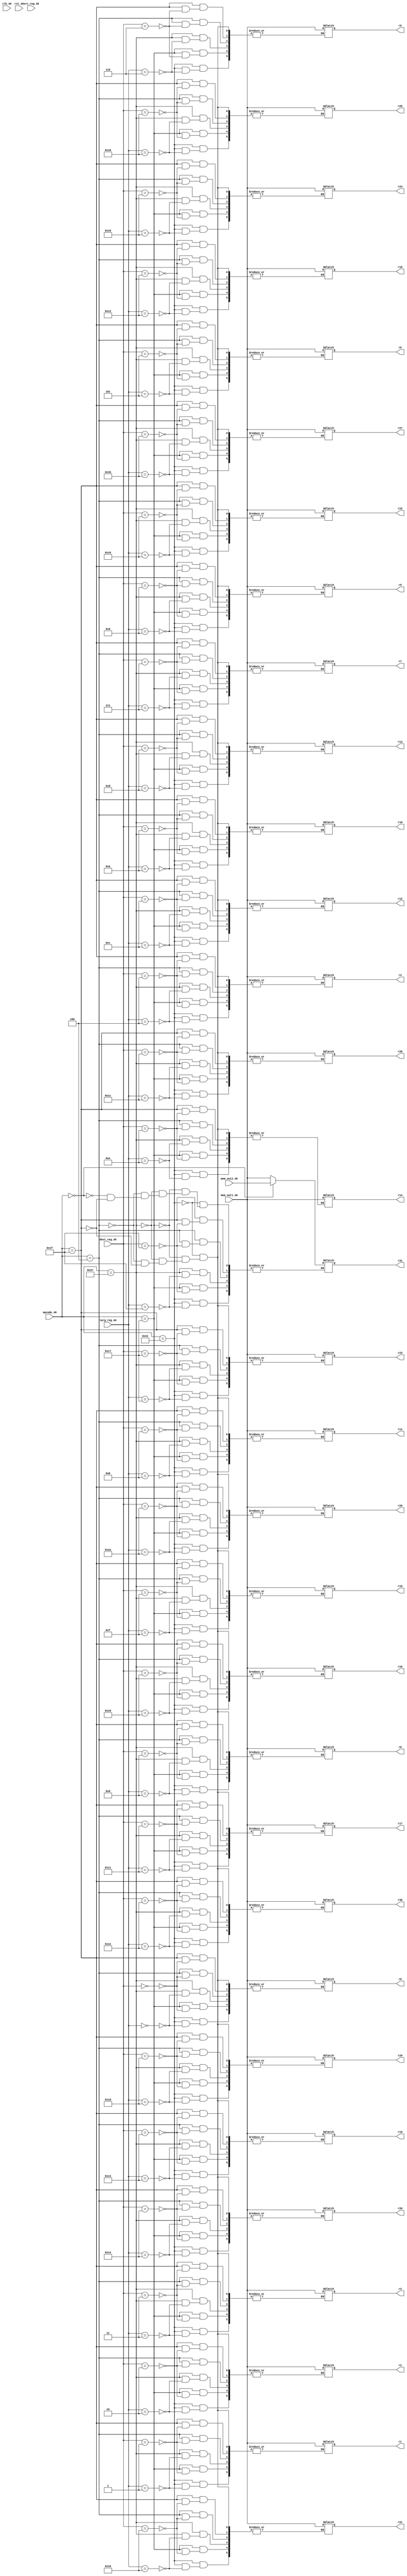
//-------------------WRITE BACK---------------
`timescale 1ns/10ps

module rw(clk_40,rst_40,opcode_40,src_reg_40,dest_reg_40,targ_reg_40,mem_out1_40,mem_out2_40,r0,r1,r2,r3,r4,r5,r6,r7,r8,r9,r10,r11,r12,r13,r14,r15,r16,r17,r18,r19, r20,r21,r22,r23,r24,r25,r26,r27,r28,r29,r30,r31);

input clk_40,rst_40;
input [5:0] opcode_40;
input [5:0] src_reg_40,dest_reg_40,targ_reg_40;
input [31:0] mem_out1_40,mem_out2_40;

output reg [31:0] r0,r1,r2,r3,r4,r5,r6,r7,r8,r9;
output reg [31:0] r10,r11,r12,r13,r14,r15,r16,r17,r18,r19;
output reg [31:0] r20,r21,r22,r23,r24,r25,r26,r27,r28,r29;
output reg [31:0] r30,r31;

parameter ADD  = 6'b110001;
parameter LDW  = 6'b010111;
parameter MUL  = 6'b100111;
parameter BLT  = 6'b010110;
parameter STW  = 6'b010101;
parameter BR   = 6'b000110;
parameter ADDI = 6'b000100;
parameter BEQ  = 6'b100110;
parameter BNE  = 6'b011110;
parameter JMP  = 6'b111010;
parameter CALL = 6'b000000;
parameter SUBI = 6'b011111;
parameter NOPE = 6'b111111;

parameter R0 = 5'b00000;
parameter R1 = 5'b00001;
parameter R2 = 5'b00010;
parameter R3 = 5'b00011;
parameter R4 = 5'b00100;
parameter R5 = 5'b00101;
parameter R6 = 5'b00110;
parameter R7 = 5'b00111;
parameter R8 = 5'b01000;
parameter R9 = 5'b01001;
parameter R10 = 5'b01010;
parameter R11 = 5'b01011;
parameter R12 = 5'b01100;
parameter R13 = 5'b01101;
parameter R14 = 5'b01110;
parameter R15 = 5'b01111;
parameter R16 = 5'b10000;
parameter R17 = 5'b10001;
parameter R18 = 5'b10010;
parameter R19 = 5'b10011;
parameter R20 = 5'b10100;
parameter R21 = 5'b10101;
parameter R22 = 5'b10110;
parameter R23 = 5'b10111;
parameter R24 = 5'b11000;
parameter R25 = 5'b11001;
parameter R26 = 5'b11010;
parameter R27 = 5'b11011;
parameter R28 = 5'b11100;
parameter R29 = 5'b11101;
parameter R30 = 5'b11110;
parameter R31 = 5'b11111;

initial 
begin
  r0 = 0;
  r1 = 0;
  r2 = 0;
  r3 = 0;
  r4 = 3;
  r5 = 0;
  r6 = 0;
  r7 = 0;
  r8 = 0;
  r9 = 0;
  r10 = 0;
  r11 = 0;
  r12 = 0;
  r13 = 0;
  r14 = 0;
  r15 = 0;
  r16 = 0;
  r17 = 0;
  r18 = 0;
  r19 = 0;
  r20 = 0;
  r21 = 0;
  r22 = 0;
  r23 = 0;
  r24 = 0;
  r25 = 0;
  r26 = 0;
  r27 = 0;
  r28 = 0;
  r29 = 32'h00000040;
  r30 = 150;
  r31 = 190;
end
  always @(*)
  begin
    case(opcode_40)
      ADD:
      begin
        case(targ_reg_40)
          R0 : r0 = mem_out1_40;
          R1 : r1 = mem_out1_40;
          R2 : r2 = mem_out1_40;
          R3 : r3 = mem_out1_40;
          R4 : r4 = mem_out1_40;
          R5 : r5 = mem_out1_40;
          R6 : r6 = mem_out1_40;
          R7 : r7 = mem_out1_40;
          R8 : r8 = mem_out1_40;
          R9 : r9 = mem_out1_40;
          R10 : r10 = mem_out1_40;
          R11 : r11 = mem_out1_40;
          R12 : r12 = mem_out1_40;
          R13 : r13 = mem_out1_40;
          R14 : r14 = mem_out1_40;
          R15 : r15 = mem_out1_40;
          R16 : r16 = mem_out1_40;
          R17 : r17 = mem_out1_40;
          R18 : r18 = mem_out1_40;
          R19 : r19 = mem_out1_40;
          R20 : r20 = mem_out1_40;
          R21 : r21 = mem_out1_40;
          R22 : r22 = mem_out1_40;
          R23 : r23 = mem_out1_40;
          R24 : r24 = mem_out1_40;
          R25 : r25 = mem_out1_40;
          R26 : r26 = mem_out1_40;
          R27 : r27 = mem_out1_40;
          R28 : r28 = mem_out1_40;
          R29 : r29 = mem_out1_40;
          R30 : r30 = mem_out1_40;
          R31 : r31 = mem_out1_40;
        endcase
      end
      LDW:
      begin
        case(dest_reg_40)
          R0 : r0 = mem_out1_40;
          R1 : r1 = mem_out1_40;
          R2 : r2 = mem_out1_40;
          R3 : r3 = mem_out1_40;
          R4 : r4 = mem_out1_40;
          R5 : r5 = mem_out1_40;
          R6 : r6 = mem_out1_40;
          R7 : r7 = mem_out1_40;
          R8 : r8 = mem_out1_40;
          R9 : r9 = mem_out1_40;
          R10 : r10 = mem_out1_40;
          R11 : r11 = mem_out1_40;
          R12 : r12 = mem_out1_40;
          R13 : r13 = mem_out1_40;
          R14 : r14 = mem_out1_40;
          R15 : r15 = mem_out1_40;
          R16 : r16 = mem_out1_40;
          R17 : r17 = mem_out1_40;
          R18 : r18 = mem_out1_40;
          R19 : r19 = mem_out1_40;
          R20 : r20 = mem_out1_40;
          R21 : r21 = mem_out1_40;
          R22 : r22 = mem_out1_40;
          R23 : r23 = mem_out1_40;
          R24 : r24 = mem_out1_40;
          R25 : r25 = mem_out1_40;
          R26 : r26 = mem_out1_40;
          R27 : r27 = mem_out1_40;
          R28 : r28 = mem_out1_40;
          R29 : r29 = mem_out1_40;
          R30 : r30 = mem_out1_40;
          R31 : r31 = mem_out1_40;
        endcase
      end
      MUL:
      begin
        case(targ_reg_40)
          R0 : r0 = mem_out1_40;
          R1 : r1 = mem_out1_40;
          R2 : r2 = mem_out1_40;
          R3 : r3 = mem_out1_40;
          R4 : r4 = mem_out1_40;
          R5 : r5 = mem_out1_40;
          R6 : r6 = mem_out1_40;
          R7 : r7 = mem_out1_40;
          R8 : r8 = mem_out1_40;
          R9 : r9 = mem_out1_40;
          R10 : r10 = mem_out1_40;
          R11 : r11 = mem_out1_40;
          R12 : r12 = mem_out1_40;
          R13 : r13 = mem_out1_40;
          R14 : r14 = mem_out1_40;
          R15 : r15 = mem_out1_40;
          R16 : r16 = mem_out1_40;
          R17 : r17 = mem_out1_40;
          R18 : r18 = mem_out1_40;
          R19 : r19 = mem_out1_40;
          R20 : r20 = mem_out1_40;
          R21 : r21 = mem_out1_40;
          R22 : r22 = mem_out1_40;
          R23 : r23 = mem_out1_40;
          R24 : r24 = mem_out1_40;
          R25 : r25 = mem_out1_40;
          R26 : r26 = mem_out1_40;
          R27 : r27 = mem_out1_40;
          R28 : r28 = mem_out1_40;
          R29 : r29 = mem_out1_40;
          R30 : r30 = mem_out1_40;
          R31 : r31 = mem_out1_40;
        endcase
      end
      ADDI:
      begin
        case(dest_reg_40)
          R0 : r0 = mem_out1_40;
          R1 : r1 = mem_out1_40;
          R2 : r2 = mem_out1_40;
          R3 : r3 = mem_out1_40;
          R4 : r4 = mem_out1_40;
          R5 : r5 = mem_out1_40;
          R6 : r6 = mem_out1_40;
          R7 : r7 = mem_out1_40;
          R8 : r8 = mem_out1_40;
          R9 : r9 = mem_out1_40;
          R10 : r10 = mem_out1_40;
          R11 : r11 = mem_out1_40;
          R12 : r12 = mem_out1_40;
          R13 : r13 = mem_out1_40;
          R14 : r14 = mem_out1_40;
          R15 : r15 = mem_out1_40;
          R16 : r16 = mem_out1_40;
          R17 : r17 = mem_out1_40;
          R18 : r18 = mem_out1_40;
          R19 : r19 = mem_out1_40;
          R20 : r20 = mem_out1_40;
          R21 : r21 = mem_out1_40;
          R22 : r22 = mem_out1_40;
          R23 : r23 = mem_out1_40;
          R24 : r24 = mem_out1_40;
          R25 : r25 = mem_out1_40;
          R26 : r26 = mem_out1_40;
          R27 : r27 = mem_out1_40;
          R28 : r28 = mem_out1_40;
          R29 : r29 = mem_out1_40;
          R30 : r30 = mem_out1_40;
          R31 : r31 = mem_out1_40;
        endcase
      end
      CALL :
      begin
        r31 = mem_out2_40;
      end
      SUBI:
      begin
        case(dest_reg_40)
          R0 : r0 = mem_out1_40;
          R1 : r1 = mem_out1_40;
          R2 : r2 = mem_out1_40;
          R3 : r3 = mem_out1_40;
          R4 : r4 = mem_out1_40;
          R5 : r5 = mem_out1_40;
          R6 : r6 = mem_out1_40;
          R7 : r7 = mem_out1_40;
          R8 : r8 = mem_out1_40;
          R9 : r9 = mem_out1_40;
          R10 : r10 = mem_out1_40;
          R11 : r11 = mem_out1_40;
          R12 : r12 = mem_out1_40;
          R13 : r13 = mem_out1_40;
          R14 : r14 = mem_out1_40;
          R15 : r15 = mem_out1_40;
          R16 : r16 = mem_out1_40;
          R17 : r17 = mem_out1_40;
          R18 : r18 = mem_out1_40;
          R19 : r19 = mem_out1_40;
          R20 : r20 = mem_out1_40;
          R21 : r21 = mem_out1_40;
          R22 : r22 = mem_out1_40;
          R23 : r23 = mem_out1_40;
          R24 : r24 = mem_out1_40;
          R25 : r25 = mem_out1_40;
          R26 : r26 = mem_out1_40;
          R27 : r27 = mem_out1_40;
          R28 : r28 = mem_out1_40;
          R29 : r29 = mem_out1_40;
          R30 : r30 = mem_out1_40;
          R31 : r31 = mem_out1_40;
        endcase
      end
    endcase
  end
endmodule